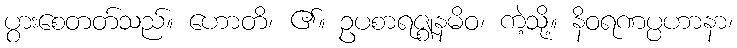
ပွားစေတတ်သည်။ ဟောတိ၊ ၏။ ဥပစာရဇ္ဈနမိဝ၊ ကဲ့သို့။ နိဝရဏပ္ပဟာနာ၊